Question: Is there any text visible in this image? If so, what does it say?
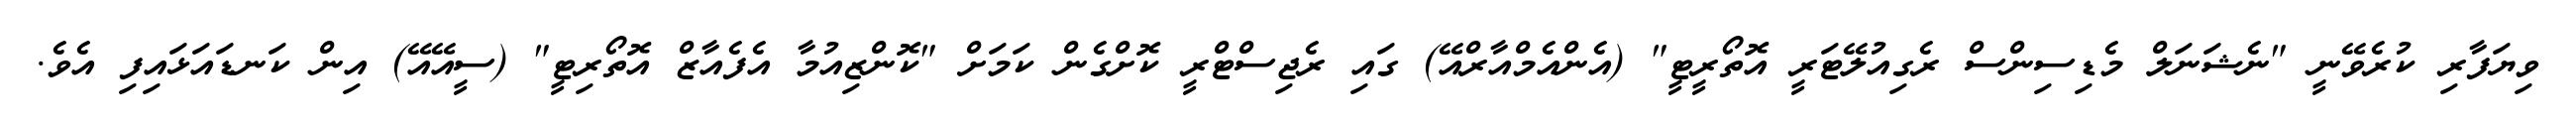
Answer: ވިޔަފާރި ކުރެވޭނީ "ނެޝަނަލް މެޑިސިންސް ރެގިއުލޭޓަރީ އޮތޯރީޓީ" (އެންއެމްއާރްއޭ) ގައި ރެޖިސްޓްރީ ކޮށްގެން ކަމަށް "ކޮންޒިއުމާ އެފެއާޒް އޮތޯރިޓީ" (ސީއޭއޭ) އިން ކަނޑައަޅައިފި އެވެ.